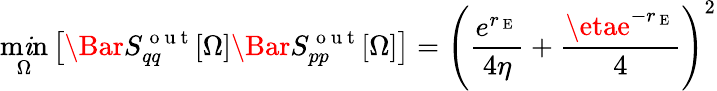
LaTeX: \operatorname*{m\mathit{i}n}_{\Omega}\left[\Bar{S}_{qq}^{\mathrm{{~o~u~t~}}}[\Omega]\Bar{S}_{pp}^{\mathrm{{~o~u~t~}}}[\Omega]\right]=\left(\frac{{e^{r_{\mathrm{{~E~}}}}}}{{4\eta}}+\frac{{\etae^{-r_{\mathrm{{~E~}}}}}}{{4}}\right)^{2}